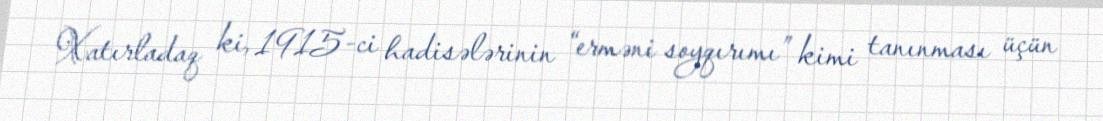
Xatırladaq ki, 1915-ci hadisələrinin “erməni soyqırımı” kimi tanınması üçün